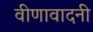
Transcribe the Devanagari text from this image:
वीणावादनी